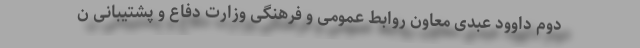
دوم داوود عبدی معاون روابط عمومی و فرهنگی وزارت دفاع و پشتیبانی ن